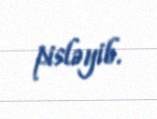
pisləyib.